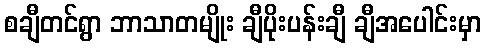
စချီတင်ရွာ ဘာသာတမျိုး ချီပိုးပန်းချီ ချီအပေါင်းမှာ